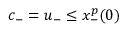
c _ { - } = u _ { - } \leq x _ { - } ^ { p } ( 0 )